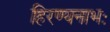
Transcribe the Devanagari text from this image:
हिरण्यनाभः